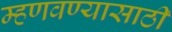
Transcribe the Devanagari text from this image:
म्हणवण्यासाठी